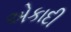
એકાદી